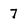
Character: 7